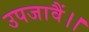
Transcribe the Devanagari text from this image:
उपजावैं।।